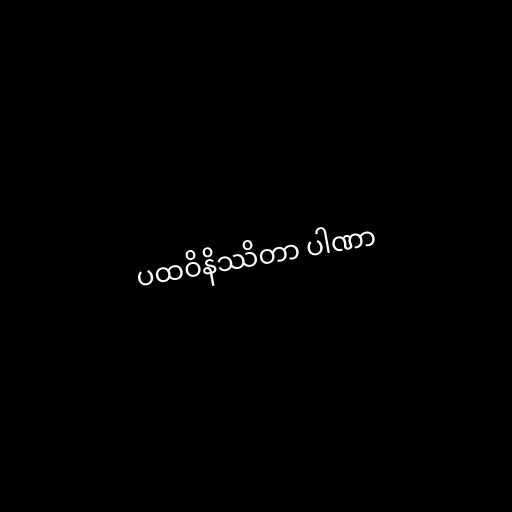
ပထဝိနိဿိတာ ပါဏာ